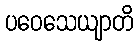
ပဝေသေယျာတိ